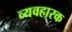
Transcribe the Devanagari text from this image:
व्यवहारक